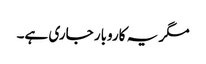
مگر یہ کاروبار جاری ہے۔